Scottish Education Department, 1927
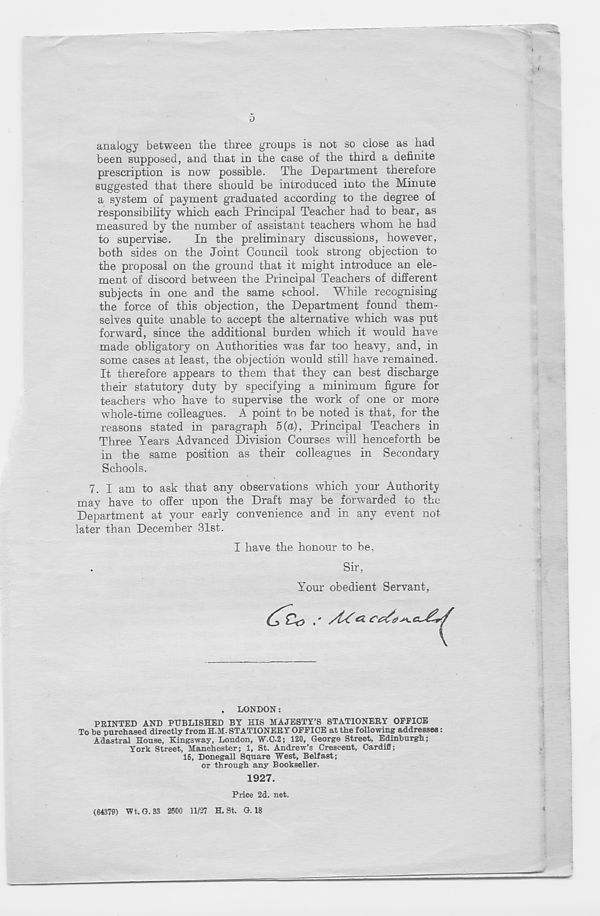
0
analogy between the three groups is not so close as had
been supposed, and that in the case of the third a definite
prescription is now possible. The Department therefore
suggested that there should be introduced into the Minute
a system of payment graduated according to the degree of
responsibility which each Principal Teacher had to bear, as
measured by the number of assistant teachers whom he had
to supervise.
In the preliminary discussions, however,
both sides on the Joint Council took strong objection to
the proposal on the ground that it might introduce an ele-
ment of discord between the Principal Teachers of different
subjects in one and the same school. While recognising
the force of this objection, the Department found them-
selves quite unable to accept the alternative which was put
forward, since the additional burden which it would have
made obligatory on Authorities was far too heavy, and, in
some cases at least, the objection would still have remained.
It therefore appears to them that they can best discharge
their statutory duty by specifying a minimum figure for
teachers who have to supervise the work of one or more
whole-time colleagues. A point to be noted is that, for the
reasons stated in paragraph 5(a), Principal Teachers in
Three Years Advanced Division Courses will henceforth be
in the same position as their colleagues in Secondary
Schools.
7. I am to ask that any observations which your Authority
may have to offer upon the Draft may be forwarded to the
Department at your early convenience and in any event not
later than December 31st.
I have the honour to be.
Sir,
Your obedient Servant,
.
LONDON:
PRINTED AND PUBLISHED BY HIS MAJESTY’S STATIONERY OFFICE
To be purchased directly from H.M. STATIONERY OFFICE at the following addresses:
Adastral House, Kingsway, London, W.C.2; 120, George Street, Edinburgh;
York Street, Manchester; 1, St. Andrew’s Crescent, Cardifi;
15, Donegall Square West, Belfast;
or through any Bookseller.
1927.
Price 2d. net.
(64379) Wt. G. 33 2500 11/27 H. St. G. 18